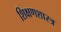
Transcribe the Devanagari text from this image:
शिक्षणशास्‍त्र